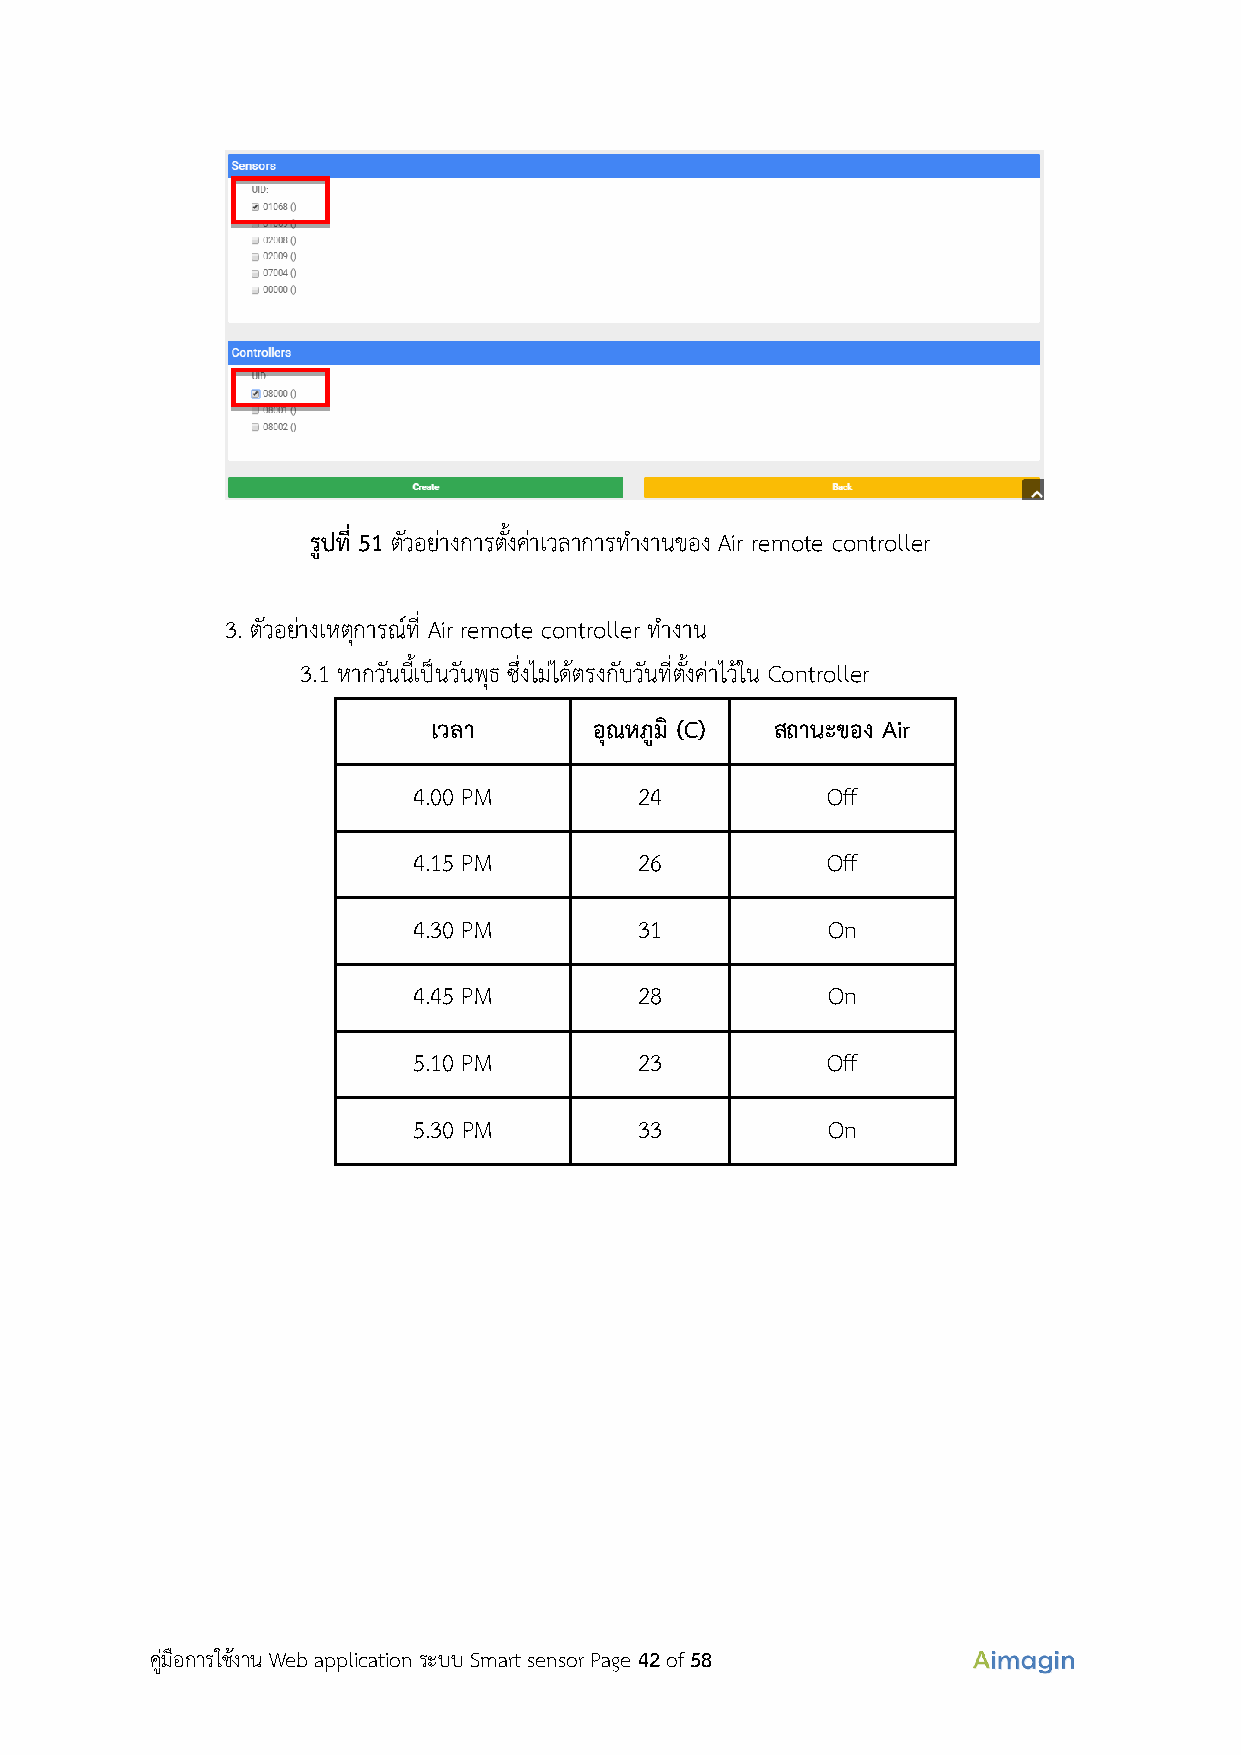
รูปที่ 51 ตัวอย่างการตั้งค่าเวลาการทำงานของ Air remote controller
 3. ตัวอย่างเหตุการณ์ที่ Air remote controller ทำงาน
 3.1 หากวันนี้เป็นวันพุธ ซึ่งไม่ได้ตรงกับวันที่ตั้งค่าไว้ใน Controller
 เวลา      อุณหภูมิ (C) สถานะของ Air
 4.00 PM        24           Off
 4.15 PM        26           Off
 4.30 PM        31           On
 4.45 PM        28           On
 5.10 PM        23           Off
 5.30 PM        33           On
 คู่มือการใช้งาน Web application ระบบ Smart sensor Page 42 of 58